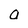
Character: o